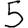
Digit: 5